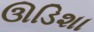
ઊડિશા